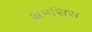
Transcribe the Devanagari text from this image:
अमसिस